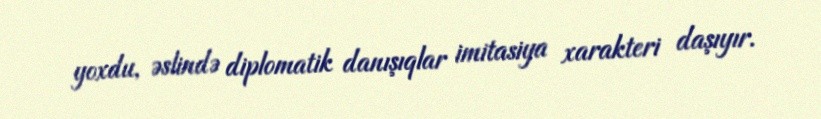
yoxdu, əslində diplomatik danışıqlar imitasiya xarakteri daşıyır.